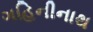
ગહિનીનાથ